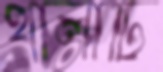
থালাটি